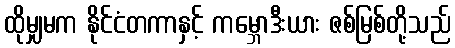
ထိုမျှမက နိုင်ငံတကာနှင့် ကမ္ဘောဒီးယား ဇစ်မြစ်တို့သည်